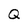
Character: Q